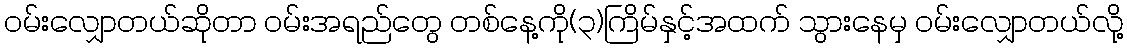
ဝမ်းလျှောတယ်ဆိုတာ ဝမ်းအရည်တွေ တစ်နေ့ကို(၃)ကြိမ်နှင့်အထက် သွားနေမှ ဝမ်းလျှောတယ်လို့